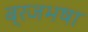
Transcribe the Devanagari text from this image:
ब्रजभषा